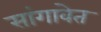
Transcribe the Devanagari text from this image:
सांगावेत